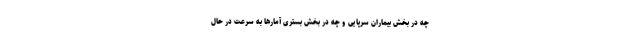
چه در بخش بیماران سرپایی و چه در بخش بستری آمارها به سرعت در حال